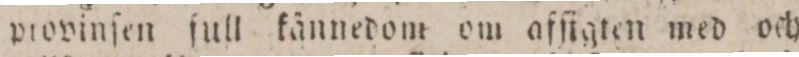
piovinſen full kännedom om affigten med och